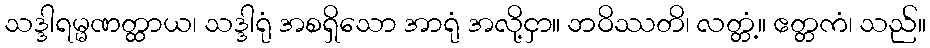
သဒ္ဒါရမ္မဏတ္ထာယ၊ သဒ္ဒါရုံ အစရှိသော အာရုံ အလို့ငှာ။ ဘဝိဿတိ၊ လတ္တံ့။ ဧတ္တကံ၊ သည်။